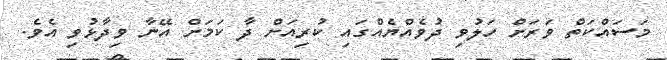
މަސައްކަތް ވަރަށް ހަލުވި ދުވެއްޔެއްގައި ކުރިއަށް ދާ ކަމަށް އޭނާ ވިދާޅުވި އެވެ.